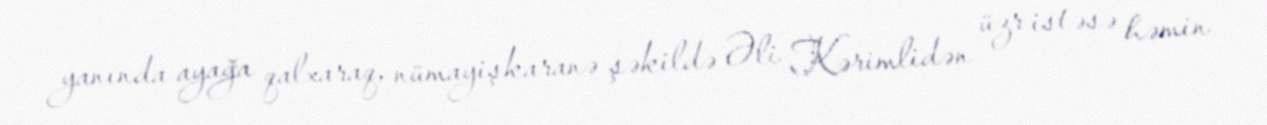
yanında ayağa qalxaraq, nümayişkaranə şəkildə Əli Kərimlidən üzr istəsə həmin